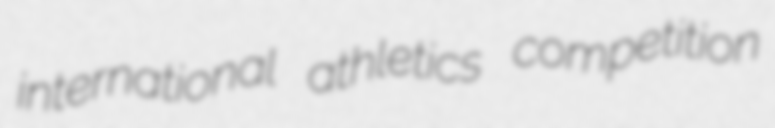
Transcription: international athletics competition